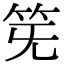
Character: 𥬗